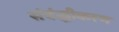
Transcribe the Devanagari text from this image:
संबंद्धीकरण